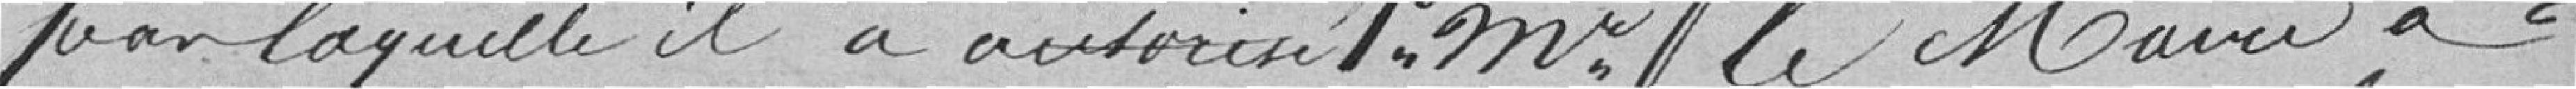
par laquelle il a autorisé, premièrement Mr Le Maire à